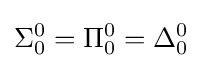
\Sigma _{0}^{0}=\Pi _{0}^{0}=\Delta _{0}^{0}